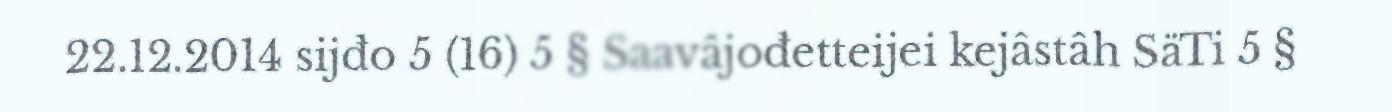
22.12.2014 sijđo 5 (16) 5 § Saavâjođetteijei kejâstâh SäTi 5 §